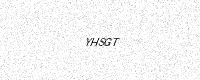
Text: YHSGT